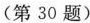
（第30题）